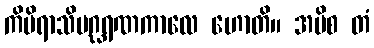
ကိမိရာသိပဂ္ဃရဏကာလေ ဟောတိ။ အပိစ တံ